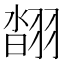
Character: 𦑇